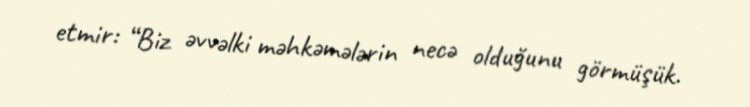
etmir: “Biz əvvəlki məhkəmələrin necə olduğunu görmüşük.